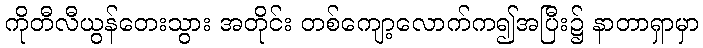
ကိုတီလီယွန်တေးသွား အတိုင်း တစ်ကျော့လောက်က၍အပြီး၌ နာတာရှာမှာ